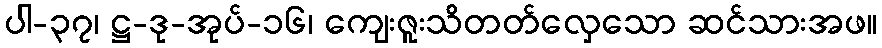
ပါ-၃၇၊ ဋ္ဌ-ဒု-အုပ်-၁၆၊ ကျေးဇူးသိတတ်လှေသော ဆင်သားအဖ။